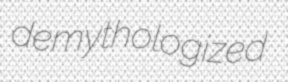
demythologized